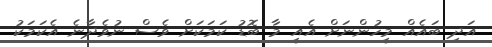
އަދި ބައެއް މީހުންނަށް އެއީ މާ ބޮޑު ކަމަކަށް ވެސް ނުވެދާނެ އެކަމަކު